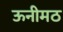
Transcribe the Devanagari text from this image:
ऊनीमठ